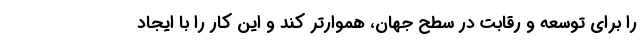
را برای توسعه و رقابت در سطح جهان، هموارتر کند و این کار را با ایجاد